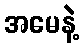
အမေနဲ့